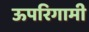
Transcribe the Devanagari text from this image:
ऊपरिगामी